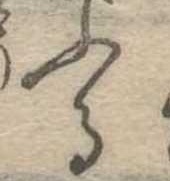
ふる